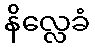
နိလ္လေခံ